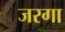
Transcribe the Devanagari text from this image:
जरगा